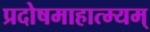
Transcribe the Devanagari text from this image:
प्रदोषमाहात्म्यम्